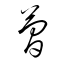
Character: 簡